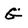
Character: G